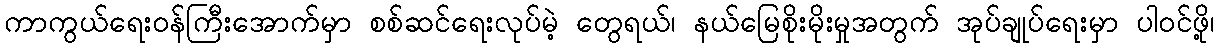
ကာကွယ်ရေးဝန်ကြီးအောက်မှာ စစ်ဆင်ရေးလုပ်မဲ့ တွေရယ်၊ နယ်မြေစိုးမိုးမှုအတွက် အုပ်ချုပ်ရေးမှာ ပါဝင်ဖို့၊